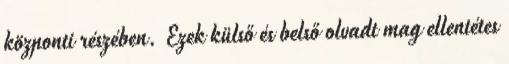
központi részében. Ezek külső és belső olvadt mag ellentétes